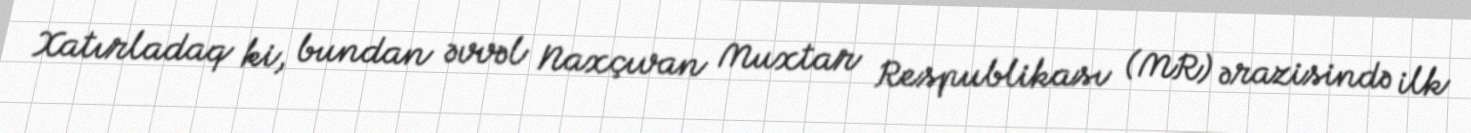
Xatırladaq ki, bundan əvvəl Naxçıvan Muxtar Respublikası (MR) ərazisində ilk